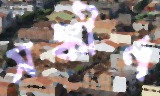
সঙ্কীর্ণ